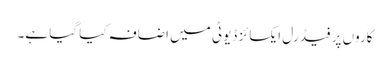
کاروں پر فیڈرل ایکسائز ڈیوٹی میں اضافہ کیا گیا ہے۔